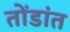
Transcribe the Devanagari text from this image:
तोंडांत